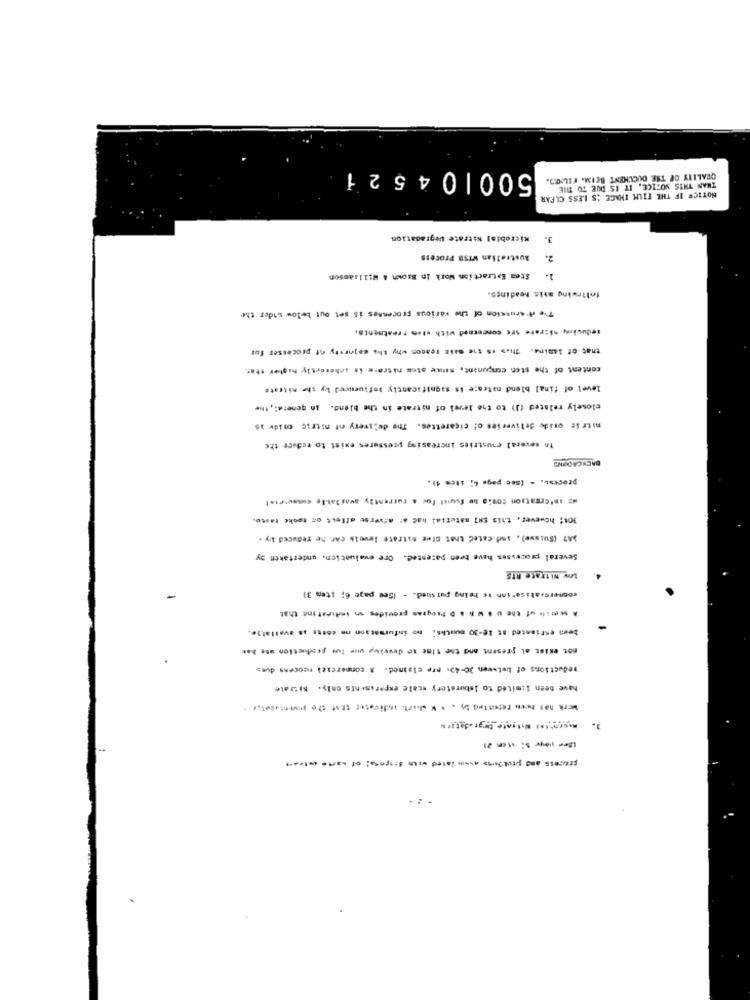
500104521
QUALITY OF THE DOCUMENT BEIM. FILSCD.
THAN THIS NOTICE, IT IS DUE TO THE
NOTICE IF THE FILM IMAGE IS LESS CLEAR
Microbial Nitrate Degradation
3.
Australian VISS Process
2.
1. Stem Extraction Work in B:own & Willsamson
following ahis headings.
The d'srussion of Uwe various processes is set out below wider the
teduwinny nitrate see concerned with sten treatments.
that of lamine. This is the main reason why the majority of processes for
content of the sten conpunant, since ates nitrore is inherently higher tras
level of final blend natrase is significantly Influenced Ly che nitrate
closely related (1) to the level of nitrate in the blend. in general, the
mitr Se oxide deliveries of cicarettes. The delivery of nitric cide 15
In several coustries increasing pressures exist to reduce the
BACKGROUND
process. - (See page 6; ites 4).
NO IN'Creation COSAS De fuurl for a currently available comwvieil
101; however, this su7 material hac a: adverse effect on tacke faste.
SAT (Suisse), and.catec that Ster nitrate levels car ne reduced by .
Several processes have been parestec. Ore evaluation, undertaken by
LOV NITTARe RIS
commercialisation is being pur sued. - (See page 6; iten 3)
A seetil of the U . W.R & D Program provides an indicating that
bew estimated BE 18-30 mouths; no information on costs as avellat).
not exist at present and the time se deveius wie fur production use hat
weductions of between 30-49; are clained. A commercial neocens dus>
have been limited to isburatory scale experiments cely. state
Work has been reforted in . . W which indicates that the lowest .cesar
process and proffess asom lated with sisets of warte estrat